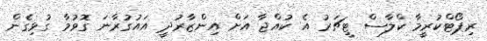
ރިޕޯޓްކުރީމާ ކްލާސް ޓީޗަރު އެ ކުއްޖާ އަށް އިންޒާރުދީ އައުގުރާނަ ގޮވުމާ ގުޅިގެން